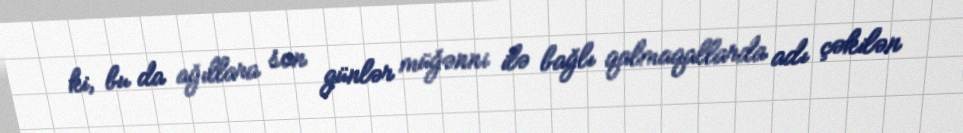
ki, bu da ağıllara son günlər müğənni ilə bağlı qalmaqallarda adı çəkilən